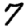
Digit: 7